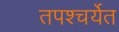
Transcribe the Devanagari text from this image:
तपश्चर्येत